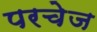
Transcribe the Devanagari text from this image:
परचेज